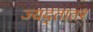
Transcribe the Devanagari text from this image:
ज्यद्तातर